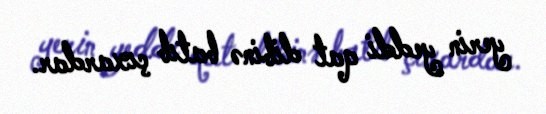
yerin yeddi qat dibinə batıb çıxardar.